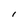
Character: I